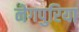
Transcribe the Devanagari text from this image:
नेगपुरिया